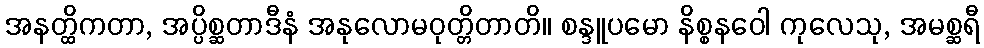
အနတ္ထိကတာ, အပ္ပိစ္ဆတာဒီနံ အနုလောမဝုတ္တိတာတိ။ စန္ဒူပမော နိစ္စနဝေါ ကုလေသု, အမစ္ဆရီ